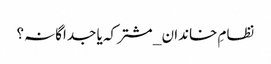
نظامِ خاندان _ مشترکہ یا جداگانہ؟